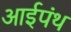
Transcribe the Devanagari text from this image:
आईपंथ